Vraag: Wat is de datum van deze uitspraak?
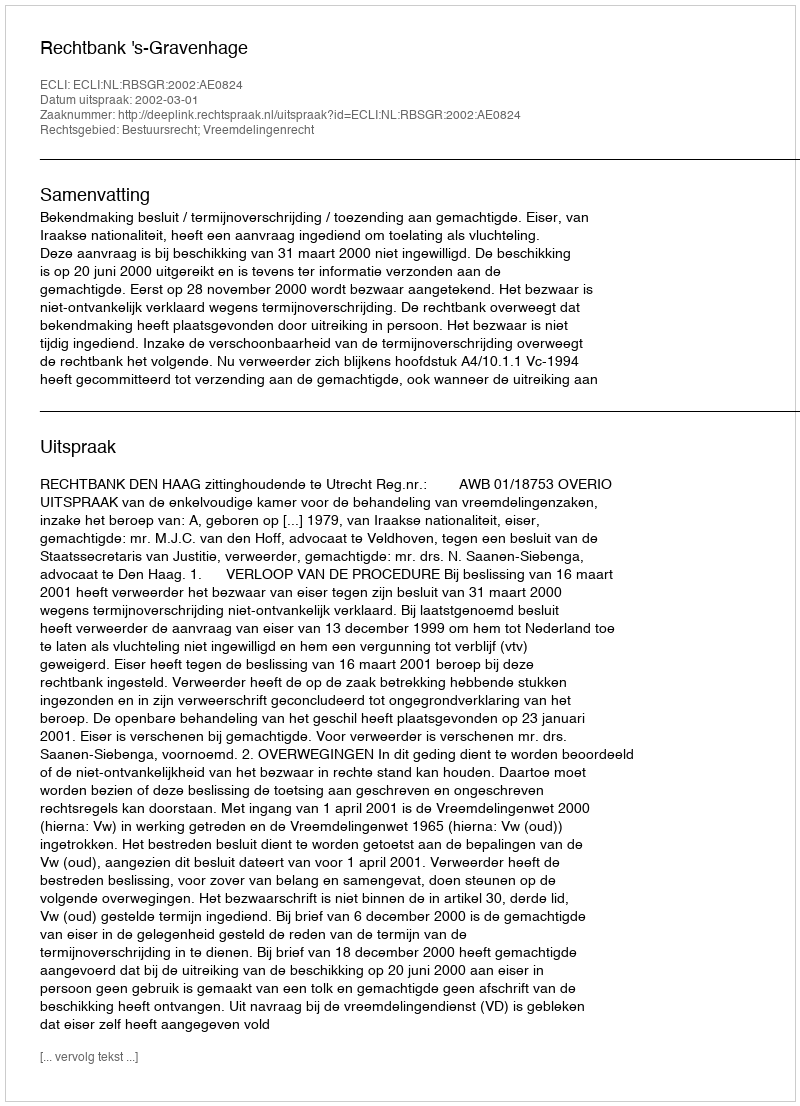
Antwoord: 2002-03-01